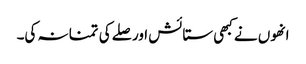
انھوں نے کبھی ستائش اور صلے کی تمنا نہ کی۔